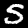
Label: 5